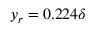
y _ { r } = 0 . 2 2 4 \delta